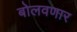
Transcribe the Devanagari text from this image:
बोलवणार